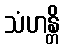
သံဟန္တိ